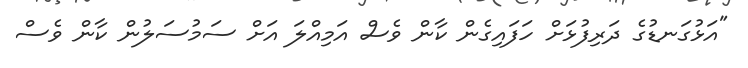
"އަޅުގަނޑުގެ ދަރިފުޅަށް ހަފައިގެން ކާން ވެސް އަމިއްލަ އަށް ސަމުސަލުން ކާން ވެސް